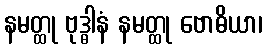
နမတ္ထု ဗုဒ္ဓါနံ နမတ္ထု ဗောဓိယာ၊